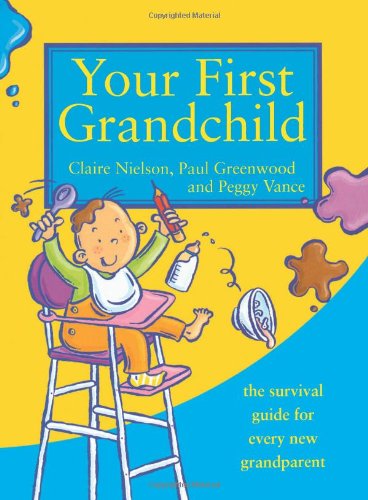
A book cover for Your First Grandchild: Useful, Touching and Hilarious Guide for First-time Grandparents; Peggy Vance; Parenting & Relationships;